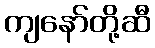
ကျနော်တို့ဆီ